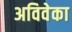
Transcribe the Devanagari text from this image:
अविवेका